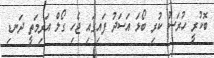
ބޮކުރީ ހުރަސް ކުރި ބޯޅަ އަސަދު ފައިގައި ޖެހި ގޯލް އަރިމަތީ ދަނޑި